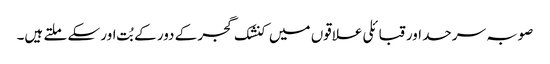
صوبہ سرحد اور قبائلی علاقوں میں کنشک گجر کے دور کے بُت اور سکے ملتے ہیں۔